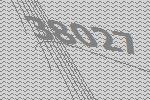
38027